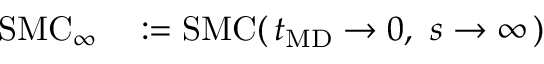
\begin{array} { r l } { \mathrm { S M C } _ { \infty } } & { { } : = \mathrm { S M C } ( \, t _ { \mathrm { M D } } \to 0 , ~ s \to \infty \, ) } \end{array}